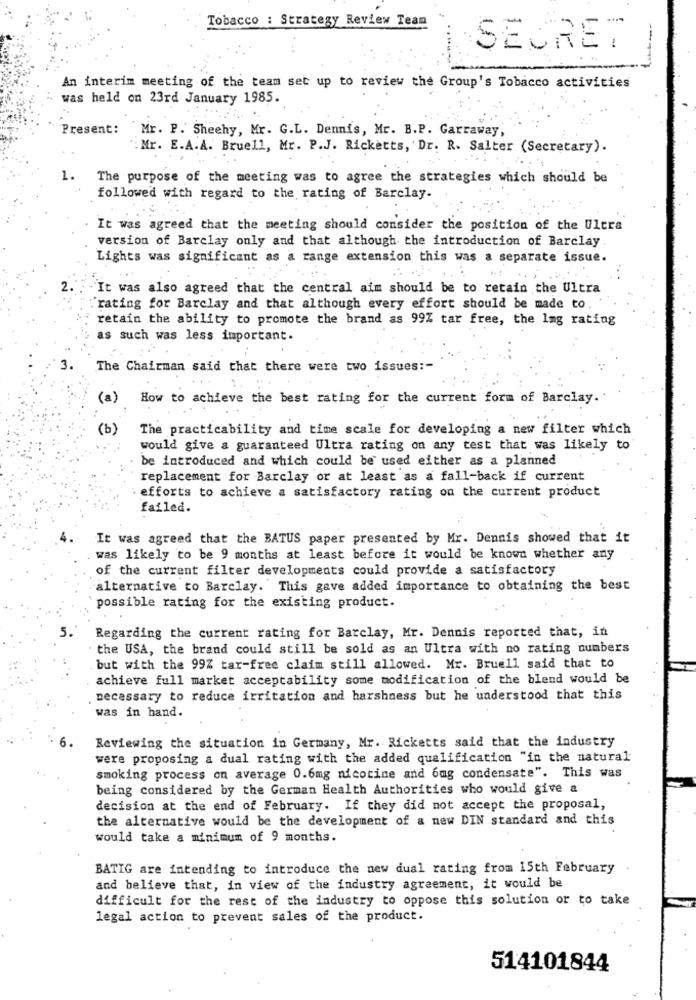
Tobacco : Strategy Review Team
SECRET
An interim meeting of the team set up to review the Group's Tobacco activities
was held on 23rd January 1985.
Present:
Mr. P. Sheehy, Mr. G.L. Dennis, Mr. B.P. Garraway,
. Mr. E.A.A. Bruell, Mr. P.J. Ricketts, Dr. R. Salter (Secretary).
1.
The purpose of the meeting was to agree the strategies which should be
followed with regard to the rating of Barclay.
It was agreed that the meeting should consider the position of the Ultra
version of Barclay only and that although the introduction of Barclay
Lights was significant as a range extension this was a separate issue.
"It was also agreed that the central aim should be to retain the Ultra
rating for Barclay and that although every effort should be made to
retain the ability to promote the brand as 99Z tar free, the 1mg rating
as such was less important.
The Chairman said that there were two issues :-
(a)
How to achieve the best rating for the current form of Barclay.
(b)
The practicability and time scale for developing a new filter which
would give a guaranteed Ultra rating on any test that was likely to
be introduced and which could be used either as a planned
replacement for Barclay or at least as a fall-back if current
: efforts to achieve a satisfactory rating on the current product
failed.
It was agreed that the BATUS paper presented by Mr. Dennis showed that it
was likely to be 9 months at least before it would be known whether any
of the current filter developments could provide a satisfactory
alternative to Barclay. This gave added importance to obtaining the best
possible rating for the existing product.
5.
Regarding the current rating for Barclay, Mr. Dennis reported that, in
the USA, the brand could still be sold as an Ultra with no rating numbers
but with the 99Z tar-free claim still allowed. Mr. Bruell said that to
achieve full market acceptability some modification of the blend would be
necessary to reduce irritation and harshness but he understood that this
was in hand.
Reviewing the situation in Germany, Mr. Ricketts said that the industry
were proposing a dual rating with the added qualification "in the natural
smoking process on average 0.6mg nicotine and 6mg condensate". This was
being considered by the German Health Authorities who would give a
decision at the end of February. If they did not accept the proposal,
the alternative would be the development of a new DIN standard and this
would take a minimum of 9 months.
BATIG are intending to introduce the new dual rating from 15th February
and believe that, in view of the industry agreement, it would be
difficult for the rest of the industry to oppose this solution or to take
legal action to prevent sales of the product.
514101844